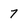
Character: 7